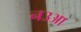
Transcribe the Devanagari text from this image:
नउआ